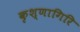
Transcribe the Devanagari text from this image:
कृश्णागिरि